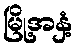
မြို့အနှံ့